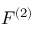
F ^ { ( 2 ) }